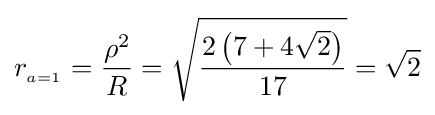
r_{_{a=1}}={\frac {\rho ^{2}}{R}}={\sqrt {\frac {2\left(7+4{\sqrt {2}}\right)}{17}}}={\sqrt {2}}